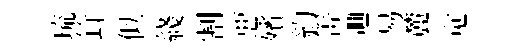
琉䇯似綫割惡殯約箐逥易麓觉